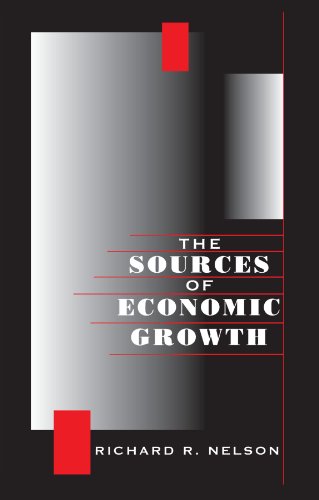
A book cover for The Sources of Economic Growth; Richard R. Nelson; Business & Money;